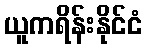
ယူကရိန်းနိုင်ငံ